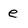
Character: e